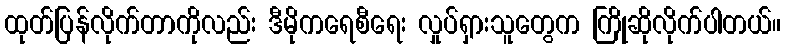
ထုတ်ပြန်လိုက်တာကိုလည်း ဒီမိုကရေစီရေး လှုပ်ရှားသူတွေက ကြိုဆိုလိုက်ပါတယ်။